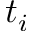
t _ { i }